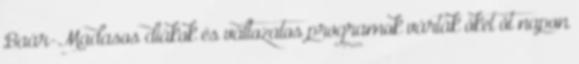
Baár-Madasos diákok és változatos programok várták őket öt napon